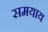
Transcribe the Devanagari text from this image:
समयाय